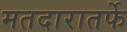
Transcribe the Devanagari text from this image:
मतदारातर्फे